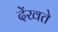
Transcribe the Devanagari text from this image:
देंखते